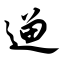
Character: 遛